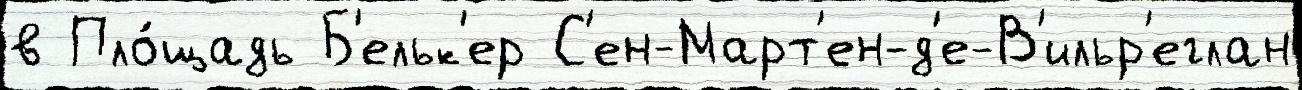
в Пло́щадь Б'ельк'ер С'ен-Март'ен-д'е-В'ильр'еглан